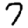
Digit: 7